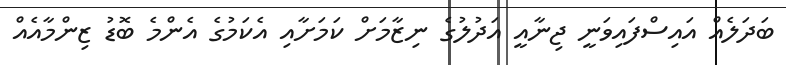
ބަދަލެއް އައިސްފައިވަނީ ޖިނާއީ އަދުލުގެ ނިޒާމަށް ކަމަށާއި އެކަމުގެ އެންމެ ބޮޑު ޒިންމާއެއް